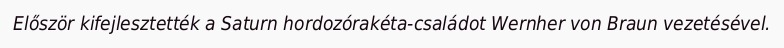
Először kifejlesztették a Saturn hordozórakéta-családot Wernher von Braun vezetésével.